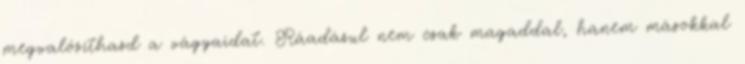
megvalósíthasd a vágyaidat. Ráadásul nem csak magaddal, hanem másokkal